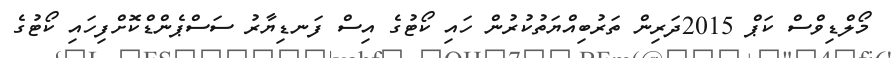
މޯލްޑިވްސް ކަޕް 2015ދަރިން ތަރުބިއްޔަތުކުރުން ހައި ކޯޓުގެ އިސް ފަނޑިޔާރު ސަސްޕެންޑްކޮށްފިހައި ކޯޓުގެ